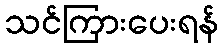
သင်ကြားပေးရန်